Civil Veterinary Department. United Provinces 1912-22 - 1912-1922
Year: 1912
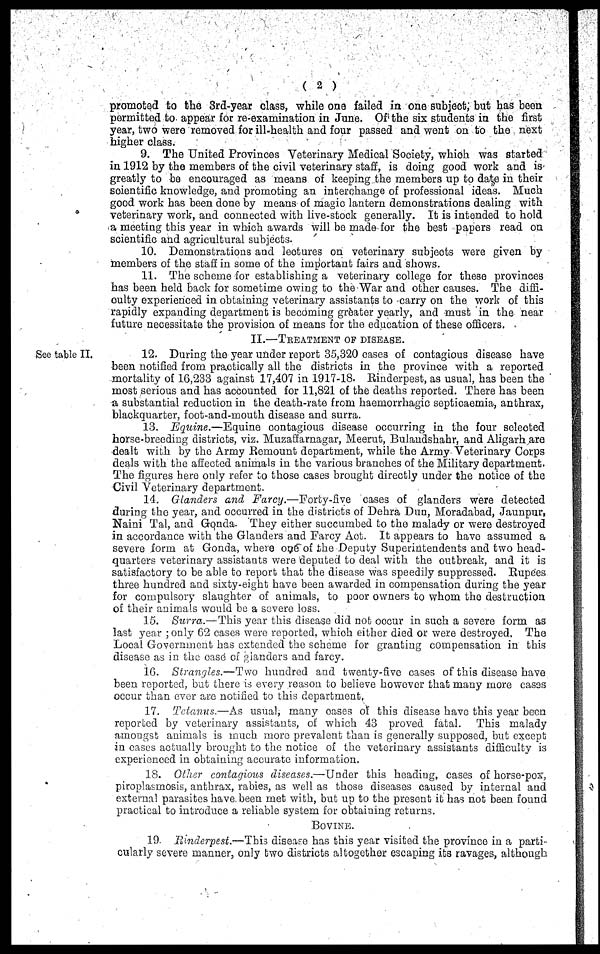
(2)
promoted to the 3rd-year class, while one failed in one subject, but has been
permitted to appear for re-examination in June. Of the six students in the first
year, two were removed for ill-health and four passed and went on to the next
higher class.
9. The United Provinces Veterinary Medical Society, which was started
in 1912 by the members of the civil veterinary staff, is doing good work and is
greatly to bo encouraged as means of keeping the members up to date in their
scientific knowledge, and promoting an interchange of professional ideas. Much
good work has been done by means of magic lantern demonstrations dealing with
veterinary work, and connected with live-stock generally. It is intonded to hold
a meeting this year in which awards will bo made for the best papers read on
scientific and agricultural subjects.
10. Demonstrations and loctures on veterinary subjects were given by
members of the staff in some of the important fairs and shows.
11. The scheme for establishing a veterinary college for these provinces
has been held back for sometime owing to the War and other causes. The diffi-
culty experienced in obtaining veterinary assistants to carry on the work of this
rapidly expanding department is becoming greater yearly, and must in the near
future necessitate the provision of means for the education of these officers.
II.—Treatment of disease.
See table II.
12. During the year under report 35,320 cases of contagious disease have
been notified from practically all the districts in the province with a reported
mortality of 16,233 against 17,107 in 1917-18. Rinderpest, as usual, has been the
most serious and has accounted for 11,821 of the deaths reported. There has been
a substantial reduction in the death-rate from haemorrhagic septicaemia, anthrax,
blackquarter, foot-and-mouth disease and surra.
13. Equine.—Equine contagious disease occurring in the four selected
horse-breeding districts, viz. Muzaffarnagar, Meernt, Bulandshahr, and Aligarh are
dealt with by the Army Remount department, while the Army Veterinary Corps
deals with the affected animals in the various branches of the Military department.
The figures here only refer to those eases brought directly under the notice of the
Civil Veterinary department.
14. Glanders and Farey.—Forty-five
cases of glanders were detected
during the year, and occurred in the districts of Dehra Dun, Moradabad, Jaunpur,
Naini Tal, and Gonda. They either succumbed to the malady or were destroyed
in accordance with the Glanders and Farcy Ac... It appears to have assumed a
severe form at Gonda, where one of the Deputy Superintendents and two head-
quarters veterinary assistants were deputed to dual with the outbreak, and it is
satisfactory to be able to report that the disease was speedily suppressed. Rupees
three hundred and sixty-eight have been awarded in compensation during the year
for compulsory slaughter of animals, to poor owners to whom the destruction
of their animals would be a severe loss.
15. Surra.- This year this disease did not occur in such a severe form as
last year; only 62 cases were reported, which either died or were destroyed.
The
Local Government has extended the scheme for granting compensation in this
disease as in the case of danders and farcy.
16. Staw ,lis—Two hundred and twenty-five cases of this disease have
been reported but there is every reason to believe however that many more cases
occur than ever are method to this department,
17. T binus—As usual, many cases of this disease have this year been
reported by veterinary assistants, of which 43 proved fatal.
This malady
amongst animals is much more prevalent than is generally supposed, but except
in cases actually brought to the notice of the veterinary assistants difficulty is
experierced in obtaining accurate information.
18. Offer Contaqious disecses.—Under this heading, cases of horse-pox.
piropla mosis, anthrax, rabies, as well as those diseases caused by internal and
external parasites have been met with, but up to the present it has not been found
practical to introduce a reliable system for obtaining returns.
BOVINE.
19. Rinderpest.—This disease has this year visited the province in a parti-
cularly severe manner, only two districts altogether escaping its ravages, although